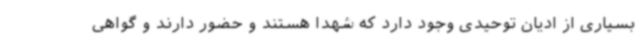
بسیاری از ادیان توحیدی وجود دارد که شهدا هستند و حضور دارند و گواهی